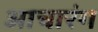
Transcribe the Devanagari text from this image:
आचारंग